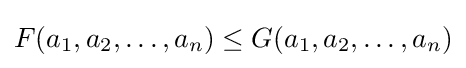
F(a_{1},a_{2},\ldots ,a_{n})\leq G(a_{1},a_{2},\ldots ,a_{n})